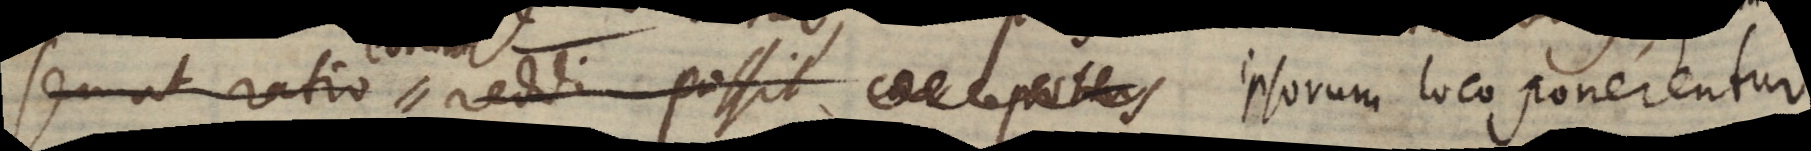
seu ut ratio reddi possit cur potius ipsorum loco ponerentur